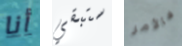
أنا ستبقي فالأمر